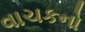
વાચકનો